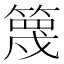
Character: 篾